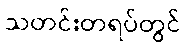
သတင်းတရပ်တွင်